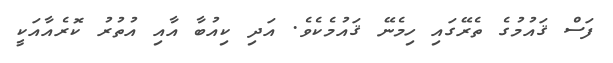
ފަސް ޤައުމުގެ ތެރޭގަައި ހިމެނޭ ޤައުމެކެވެ. އަދި ކިއުބާ އާއި އުތުރު ކޮރެއާއަކީ